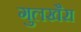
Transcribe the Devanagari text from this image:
गुलखैरा